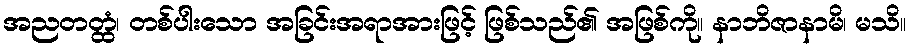
အညတတ္ထံ၊ တစ်ပါးသော အခြင်းအရာအားဖြင့် ဖြစ်သည်၏ အဖြစ်ကို။ နာဘိဇာနာမိ၊ မသိ။